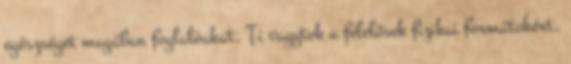
egészséget magában foglalóakat. Ti vagytok a felelősek fizikai formátokért,